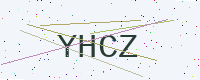
Text: YHCZ